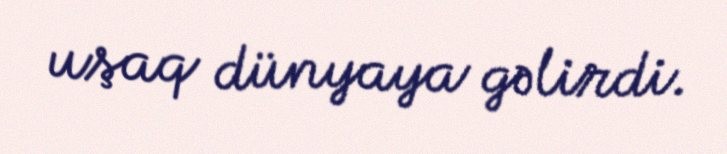
uşaq dünyaya gəlirdi.